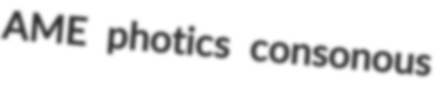
AME photics consonous